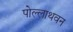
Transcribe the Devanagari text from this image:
पोल्लाथवन